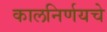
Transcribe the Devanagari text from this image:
कालनिर्णयचे